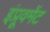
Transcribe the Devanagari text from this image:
इंप्रूवमेंट